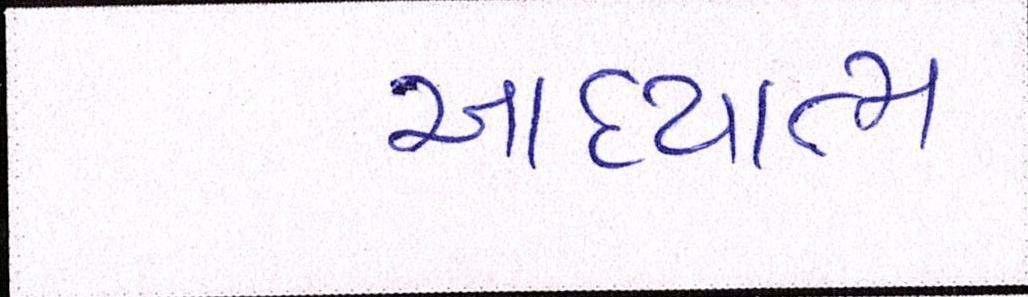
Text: આધ્યાત્મ